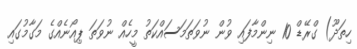
ހިތަދޫ) ގްރޭޑް 10 ނިންމާފައި ވުން ނުވަތަމަސައްކަތު މީހެއް ނުވަތަ ޕިއޯނެއްގެ މަގާމުގައި